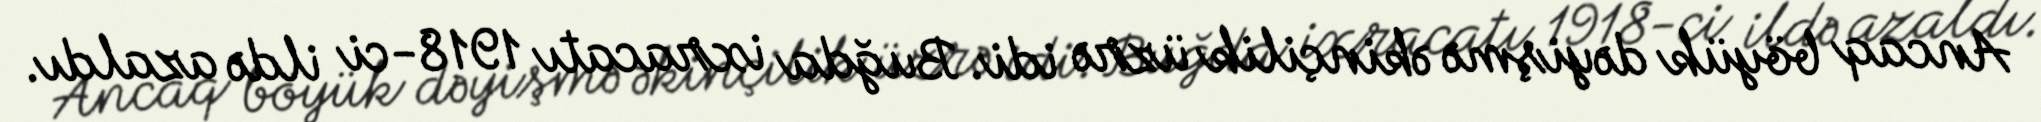
Ancaq böyük dəyişmə əkinçilik üzrə idi. Buğda ixracatı 1918-ci ildə azaldı.